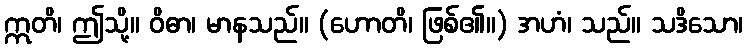
ဣတိ၊ ဤသို့။ ဝိဓာ၊ မာနသည်။ (ဟောတိ၊ ဖြစ်၏။) အဟံ၊ သည်။ သဒိသော၊